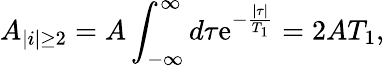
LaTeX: A_{|i|\geq2}=A\int_{-\infty}^{\infty}d\tau\mathrm{e}^{-\frac{{|\tau|}}{{T_{1}}}}=2AT_{1},